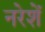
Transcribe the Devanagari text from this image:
नरेशें